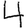
Digit: 4